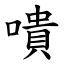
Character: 嘳